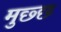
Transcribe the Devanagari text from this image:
मुछ्छ